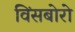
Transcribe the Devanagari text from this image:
विंसबोरो